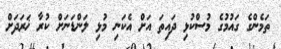
ތަމެންގެ ގައުމުގެ މުސްކުޅި ދައިތަ އަށް އެކަަނި މުޅި ލަންޑަނަށް ކުރާ ޚަރަދަށް